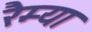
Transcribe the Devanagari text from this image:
रैम्या